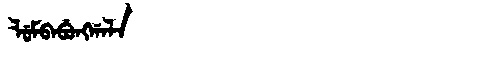
Manchu: ᠯᡠᠮᠪᠠᠪᡠᠩᡤᠠᠯᠠ
Romanization: LUMBABUNGGALA